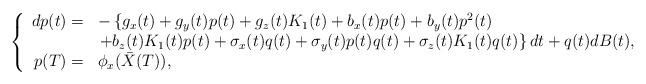
LaTeX: \begin{align*}\left\{\begin{array}[c]{rl}dp(t)= & -\left\{ g_{x}(t)+g_{y}(t)p(t)+g_{z}(t)K_{1}(t)+b_{x}(t)p(t)+b_{y}(t)p^{2}(t)\right. \\& \left. +b_{z}(t)K_{1}(t)p(t)+\sigma_{x}(t)q(t)+\sigma_{y}(t)p(t)q(t)+\sigma_{z}(t)K_{1}(t)q(t)\right\} dt+q(t)dB(t),\\p(T)= & \phi_{x}(\bar{X}(T)),\end{array}\right. \end{align*}